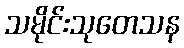
သမိုင်းသုတေသန